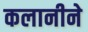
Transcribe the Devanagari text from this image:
कलानीने